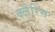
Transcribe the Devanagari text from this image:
क्लैरिस